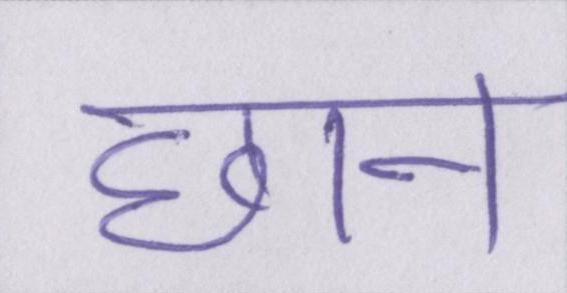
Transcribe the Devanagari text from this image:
छान